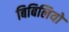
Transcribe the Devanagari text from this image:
बिबिलियो